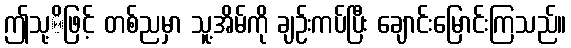
ဤသု့ိဖြင့် တစ်ညမှာ သူ့အိမ်ကို ချဉ်းကပ်ပြီး ချောင်းမြောင်းကြသည်။